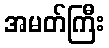
အမတ်ကြီး